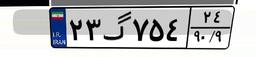
۲۳گ۷۵۴۲۴